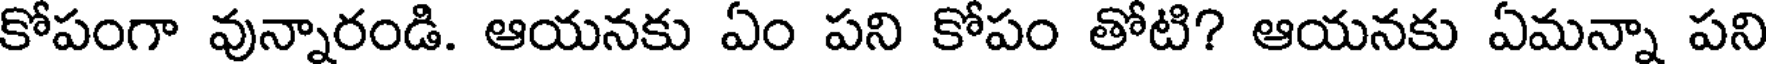
కోపంగా వున్నారండి. ఆయనకు ఏం పని కోపం తోటి? ఆయనకు ఏమన్నా పని